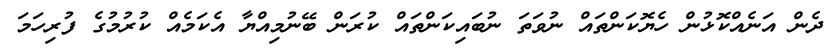
ދެން އަނެއްކޮޅުން ހެޔޮކަންތައް ނުވަތަ ނުބައިކަންތައް ކުރަން ބޭނުމިއްޔާ އެކަމެއް ކުރުމުގެ ފުރިހަމަ